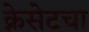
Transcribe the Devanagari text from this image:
क्नेसेटचा